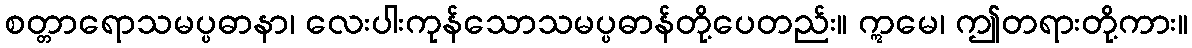
စတ္တာရောသမပ္ပဓာနာ၊ လေးပါးကုန်သောသမပ္ပဓာန်တို့ပေတည်း။ ဣမေ၊ ဤတရားတို့ကား။